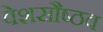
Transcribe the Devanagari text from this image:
वेशसौष्ठव